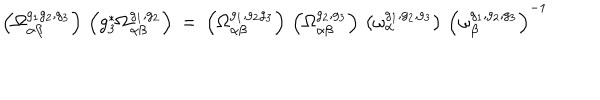
\left( \Omega _ { \alpha \beta } ^ { g _ { 1 } g _ { 2 } , g _ { 3 } } \right) \, \left( g _ { 3 } ^ { * } \Omega _ { \alpha \beta } ^ { g _ { 1 } , g _ { 2 } } \right) \: = \: \left( \Omega _ { \alpha \beta } ^ { g _ { 1 } , g _ { 2 } g _ { 3 } } \right) \, \left( \Omega _ { \alpha \beta } ^ { g _ { 2 } , g _ { 3 } } \right) \, \left( \omega _ { \alpha } ^ { g _ { 1 } , g _ { 2 } , g _ { 3 } } \right) \, \left( \omega _ { \beta } ^ { g _ { 1 } , g _ { 2 } , g _ { 3 } } \right) ^ { - 1 }